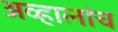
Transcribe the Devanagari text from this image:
अव्हालांच